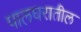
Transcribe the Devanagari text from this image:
पालघरातील